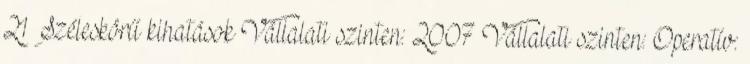
21 Széleskörű kihatások Vállalati szinten: 2007 Vállalati szinten: Operatív: